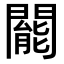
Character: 𨶙